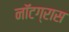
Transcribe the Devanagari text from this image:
नॉटग्रास